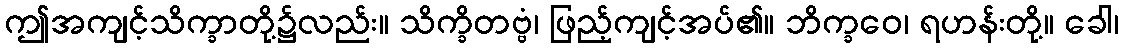
ဤအကျင့်သိက္ခာတို့၌လည်း။ သိက္ခိတဗ္ဗံ၊ ဖြည့်ကျင့်အပ်၏။ ဘိက္ခဝေ၊ ရဟန်းတို့။ ခေါ၊